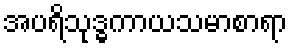
အပရိသုဒ္ဓကာယသမာစာရာ